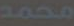
محمد